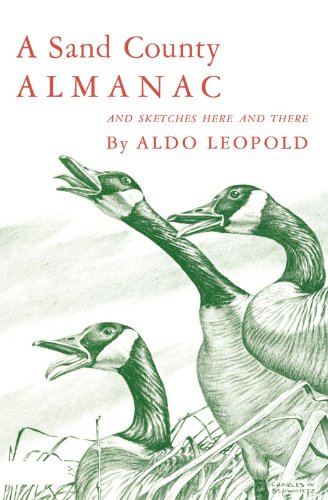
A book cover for A Sand County Almanac and Sketches Here and There; Aldo Leopold; Literature & Fiction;